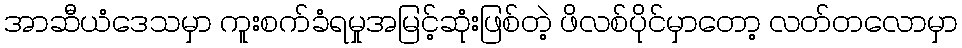
အာဆီယံဒေသမှာ ကူးစက်ခံရမှုအမြင့်ဆုံးဖြစ်တဲ့ ဖိလစ်ပိုင်မှာတော့ လတ်တလောမှာ